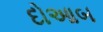
દોઆબ